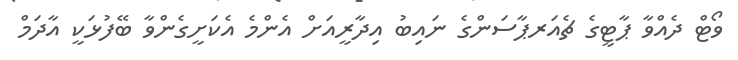
ވޯޓް ދެއްވާ ޕާޓީގެ ޗެއަރޕާސަންގެ ނައިބު އިދާރީއަށް އެންމެ އެކަށީގެންވާ ބޭފުޅަކީ އާދަމް